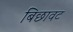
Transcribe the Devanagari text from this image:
बिछावट